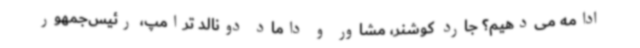
ادامه می‌دهیم؟ جارد کوشنر، مشاور و داماد دونالد ترامپ، رئیس‌جمهور